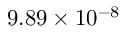
9 . 8 9 \times 1 0 ^ { - 8 }